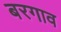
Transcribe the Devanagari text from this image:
बरगाव